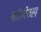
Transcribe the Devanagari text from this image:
भांडदेवल